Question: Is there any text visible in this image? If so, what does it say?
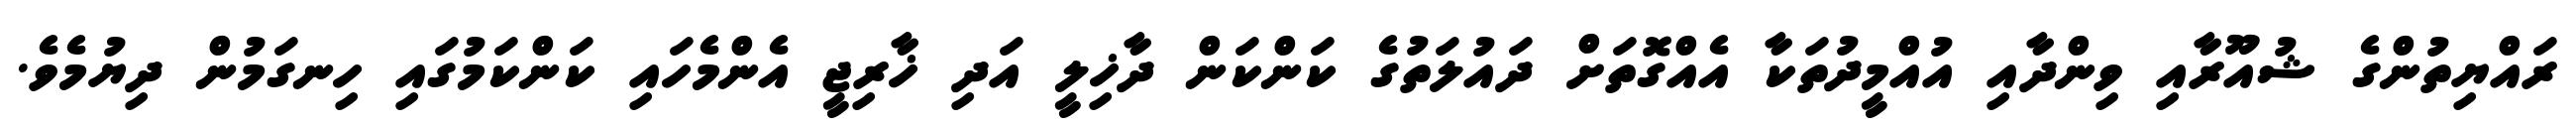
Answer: ރައްޔިތުންގެ ޝުއޫރާއި ވިންދާއި އުއްމީދުތަކާ އެއްގޮތަށް ދައުލަތުގެ ކަންކަން ދާޚިލީ އަދި ޚާރިޖީ އެންމެހައި ކަންކަމުގައި ހިނގަމުން ދިޔުމެވެ.